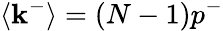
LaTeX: \langle\mathbf{k}^{-}\rangle=(N-1)p^{-}